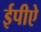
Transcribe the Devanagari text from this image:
ईपीऐ